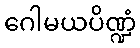
ဂေါမယပိဏ္ဍံ